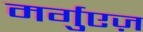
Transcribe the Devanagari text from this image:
मर्गुएज़